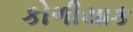
કોળીયાક